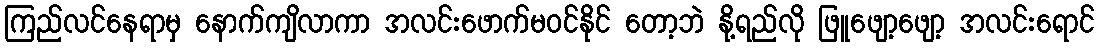
ကြည်လင်နေရာမှ နောက်ကျိလာကာ အလင်းဖောက်မဝင်နိုင် တော့ဘဲ နို့ရည်လို ဖြူဖျော့ဖျော့ အလင်းရောင်